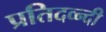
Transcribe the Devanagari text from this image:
प्रतिदव्न्दी